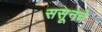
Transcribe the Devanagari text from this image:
ससूनचे